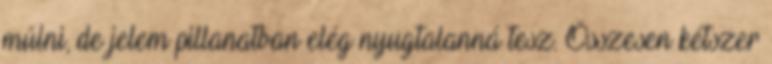
múlni, de jelem pillanatban elég nyugtalanná tesz. Összesen kétszer